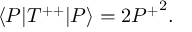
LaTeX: \langle P | T ^ { + + } | P \rangle = 2 { P ^ { + } } ^ { 2 } .